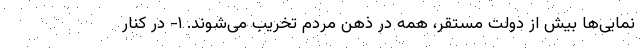
نمایی‌ها بیش از دولت مستقر، همه در ذهن مردم تخریب می‌شوند. ۱- در کنار